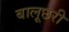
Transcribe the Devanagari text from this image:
बालूछरी